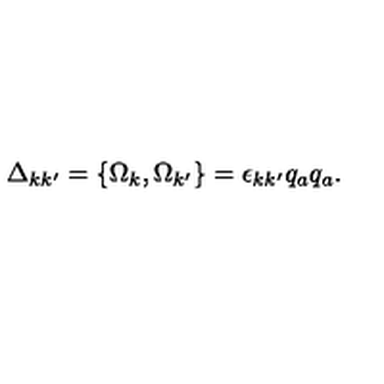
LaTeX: \Delta _ { k k ^ { \prime } } = \{ \Omega _ { k } , \Omega _ { k ^ { \prime } } \} = \epsilon _ { k k ^ { \prime } } q _ { a } q _ { a } .